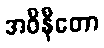
အဝိနီတော